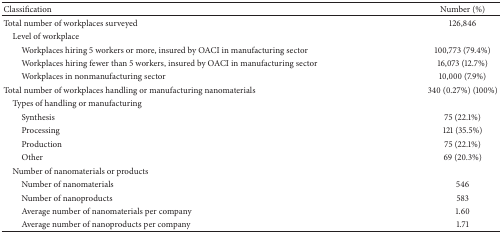
<table><thead><tr><td><b>Classification</b></td><td><b>Number (%)</b></td></tr></thead><tbody><tr><td>Total number of workplaces surveyed</td><td>126,846</td></tr><tr><td> Level of workplace</td><td> </td></tr><tr><td>Workplaces hiring 5 workers or more, insured by OACI in manufacturing sector</td><td>100,773 (79.4%)</td></tr><tr><td>Workplaces hiring fewer than 5 workers, insured by OACI in manufacturing sector</td><td>16,073 (12.7%)</td></tr><tr><td>Workplaces in nonmanufacturing sector</td><td>10,000 (7.9%)</td></tr><tr><td>Total number of workplaces handling or manufacturing nanomaterials</td><td>340 (0.27%) (100%)</td></tr><tr><td> Types of handling or manufacturing</td><td> </td></tr><tr><td>Synthesis</td><td>75 (22.1%)</td></tr><tr><td>Processing</td><td>121 (35.5%)</td></tr><tr><td>Production</td><td>75 (22.1%)</td></tr><tr><td>Other</td><td>69 (20.3%)</td></tr><tr><td> Number of nanomaterials or products</td><td> </td></tr><tr><td>Number of nanomaterials </td><td>546</td></tr><tr><td>Number of nanoproducts </td><td>583</td></tr><tr><td>Average number of nanomaterials per company</td><td>1.60</td></tr><tr><td>Average number of nanoproducts per company</td><td>1.71</td></tr></tbody></table>